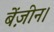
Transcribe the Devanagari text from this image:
बेंज़ीन।